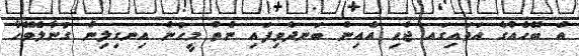
އެ ބޭހެއްގެ އަވައިގައ ޖެހި އެއިން ބަނދެވިފައި ނެތް މީހުން އިނގިލިން ގުނާލެވޭހާ